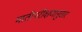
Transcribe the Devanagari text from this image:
मातीपरीक्षणानुसार